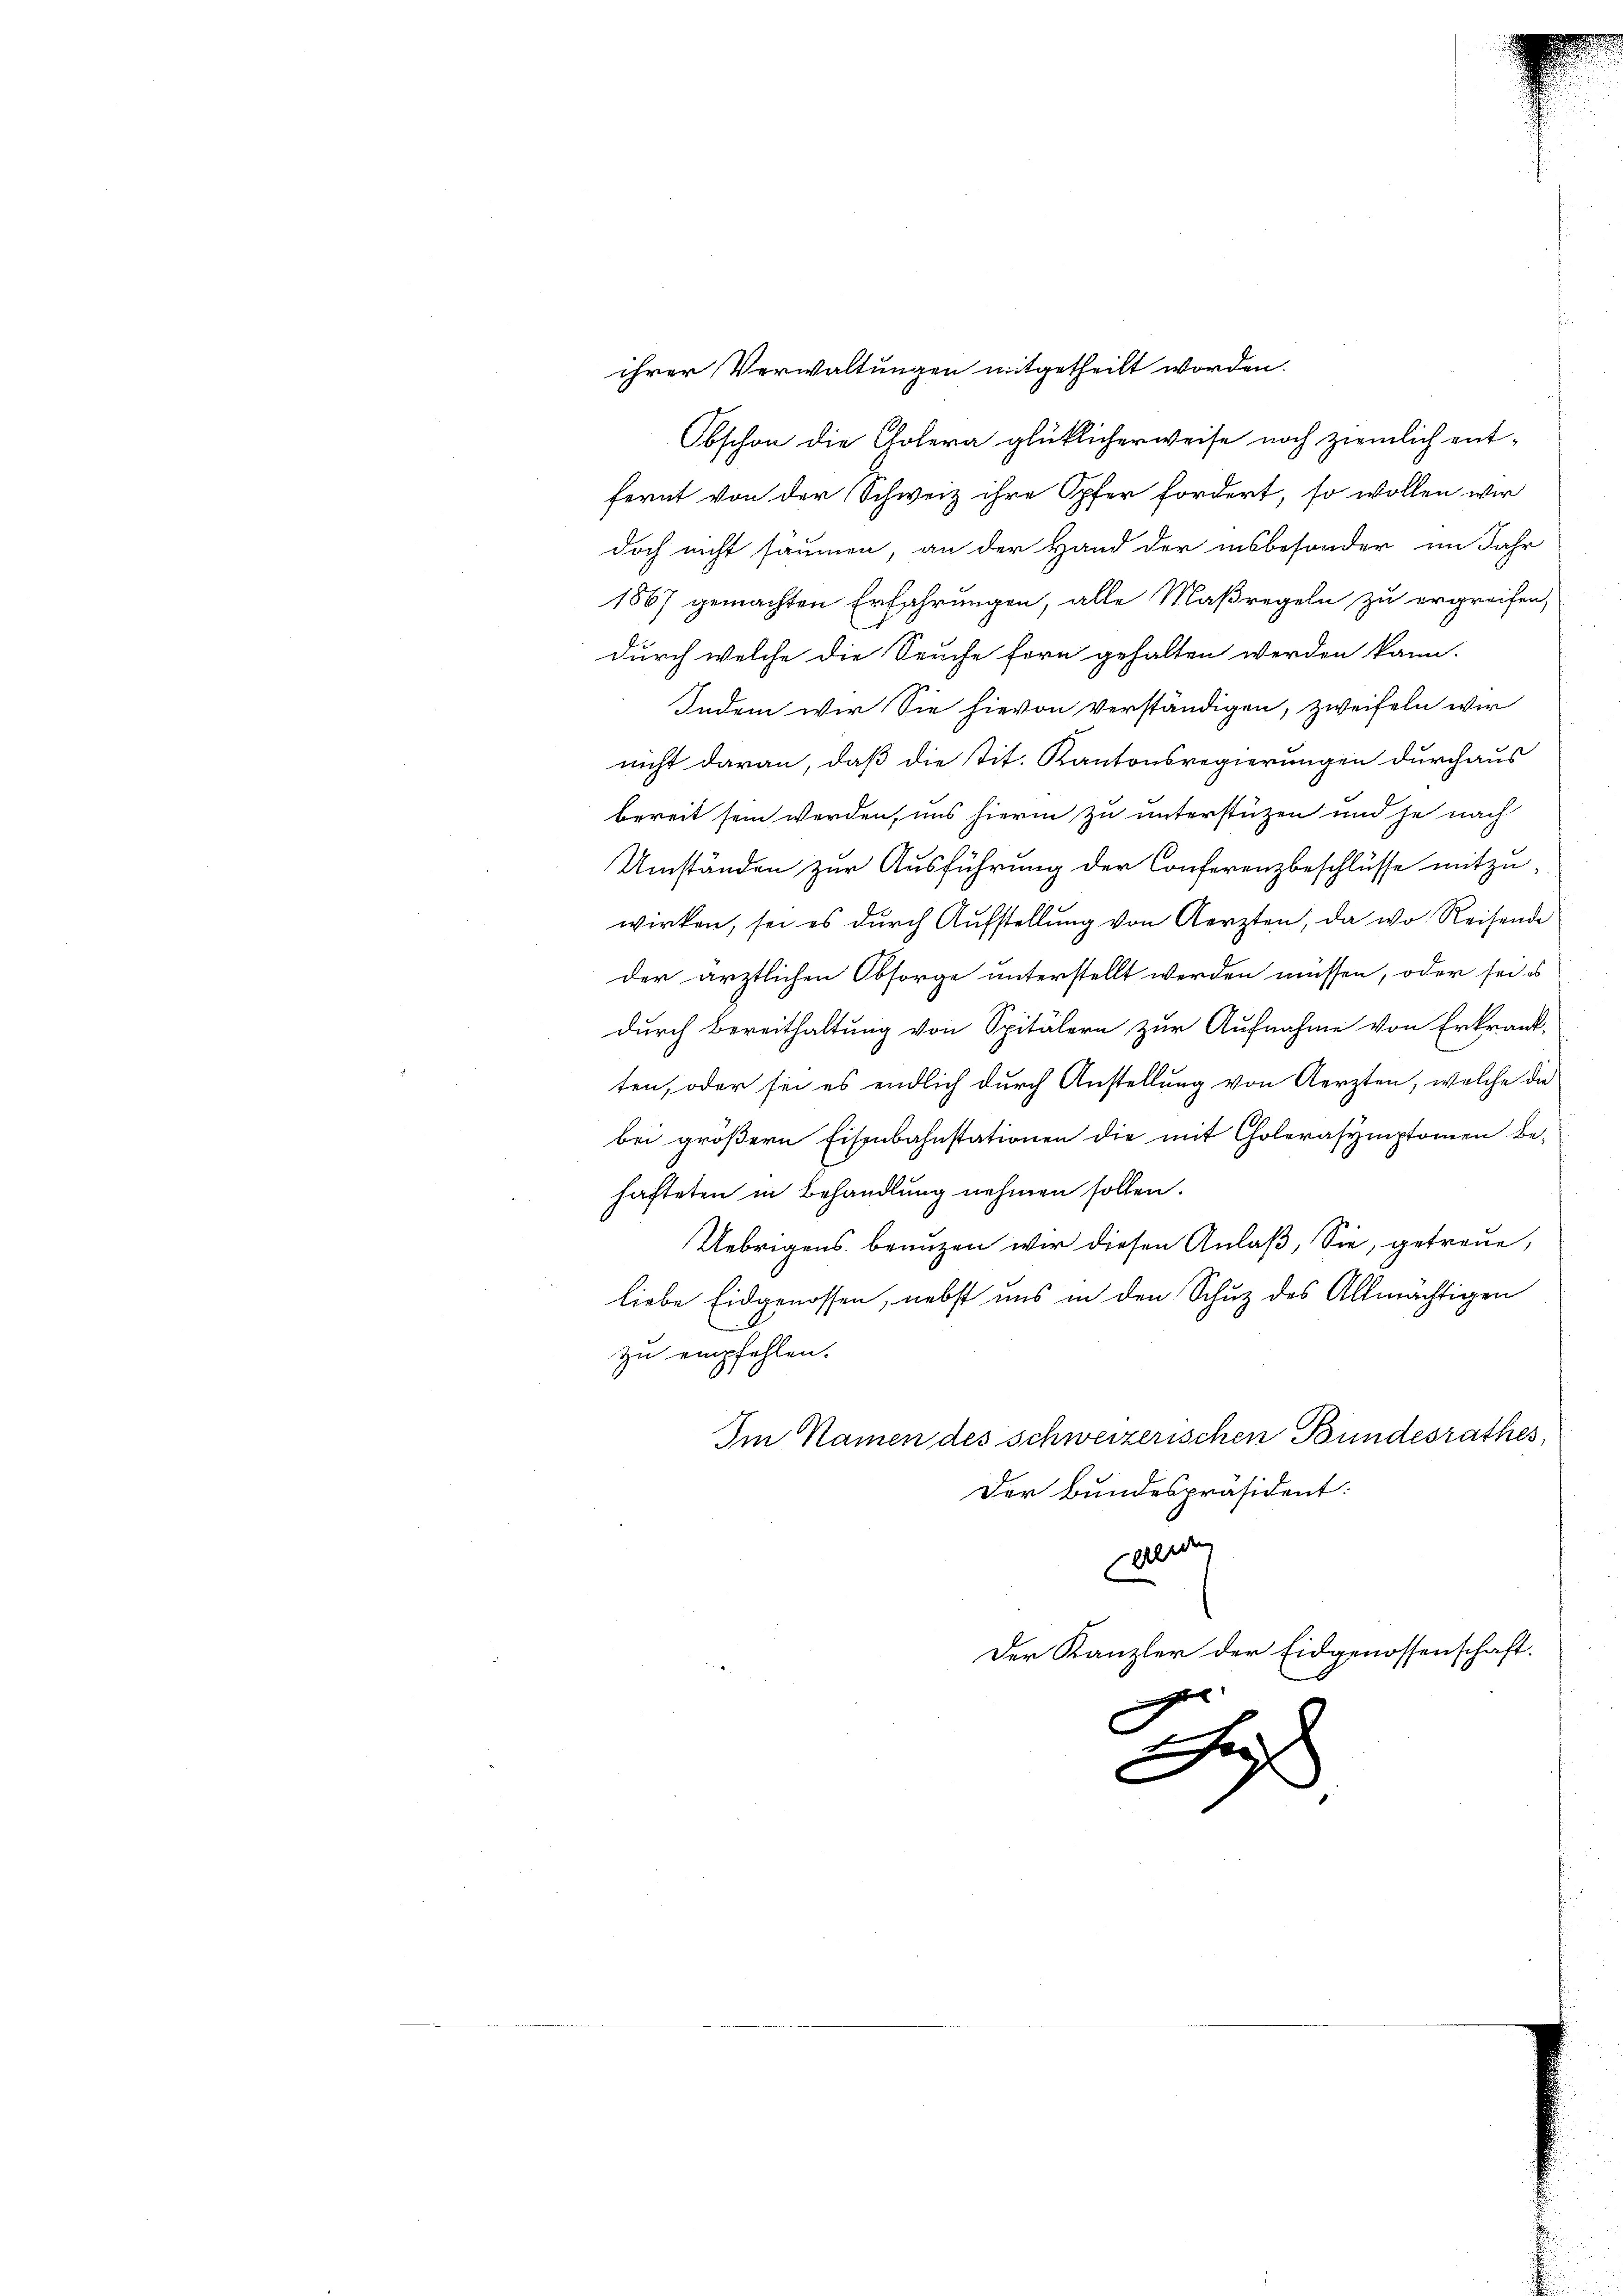
ihrer Verwaltungen mitgetheilt worden.
Obschon die Cholera glücklicherweise noch ziemlich entfernt von der Schweiz ihre Opfer fordert, so wollen wir
doch nicht säumen, an der Hand der insbesonder im Jahr
1867 gemachten Erfahrungen, alle Maßregeln zu ergreifen,
durch welche die Seuche fern gehalten werden kann.
Indem wir Sie hievon verständigen, zweifeln wir
nicht daran, daß die tit. Kantonsregierungen durchaus
bereit sein werden, uns hierin zu unterstützen und je nach
Umständen zur Ausführung der Conferenzbeschlüsse mitzuwirken, sei es durch Aufstellŭng von Aerzten, da wo Reisende
der ärztlichen Obsorge unterstellt werden müssen, oder sei es
durch Bereithaltung von Spitälern zur Aufnahme von Erkrank-
ten, oder sei es endlich durch Anstellung von Aerzten, welche die
bei größern Eisenbahnstationen die mit Cholerasymptomen Be-
hafteten in Behandlung nehmen sollen.
Uebrigens brauzen wir diesen Anlaß, Sie, getreue,
liebe Eidgenossen, nebst uns in den Schuz des Allmächtigen
zu empfehlen.
Im Namen des schweizerischen Bundesrathes,
Der Bundespräsident:
werde
Der Kanzler der Eidgenossenschaft.
ge
Gif